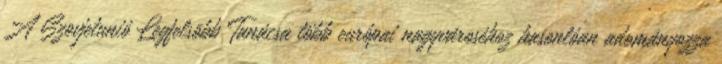
A Szovjetunió Legfelsõbb Tanácsa több európai nagyvároséhoz hasonlóan adományozza